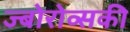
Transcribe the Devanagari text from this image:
ज्बोरोव्सकी